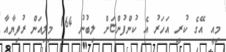
މިއީ އޭގެ ކުރީ އަހަރު އެ ކުންފުންޏަށް ލިބުނު 164 މިލިއަން ރުފިޔާއާ